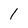
Character: 1